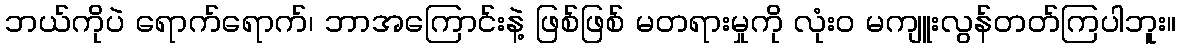
ဘယ်ကိုပဲ ရောက်ရောက်၊ ဘာအကြောင်းနဲ့ ဖြစ်ဖြစ် မတရားမှုကို လုံး၀ မကျူးလွန်တတ်ကြပါဘူး။